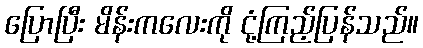
ပြောပြီး မိန်းကလေးကို ငုံ့ကြည့်ပြန်သည်။